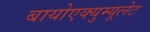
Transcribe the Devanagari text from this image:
बायोएक्युम्यूलेट